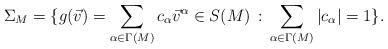
LaTeX: \begin{align*}\Sigma_M = \{ g(\vec{v})=\sum_{\alpha\in\Gamma(M)}c_{\alpha}\vec{v}^{\alpha}\in S(M) \,:\, \sum_{\alpha\in\Gamma(M)}|c_{\alpha}| = 1 \}.\end{align*}